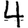
Digit: 4